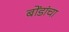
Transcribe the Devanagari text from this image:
बोंडांचा